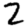
Digit: 2